Investigations into the jail dietaries of the United Provinces with some observations on the influence of dietary on the physical development and well-being of the people of the United Provinces - Number 48
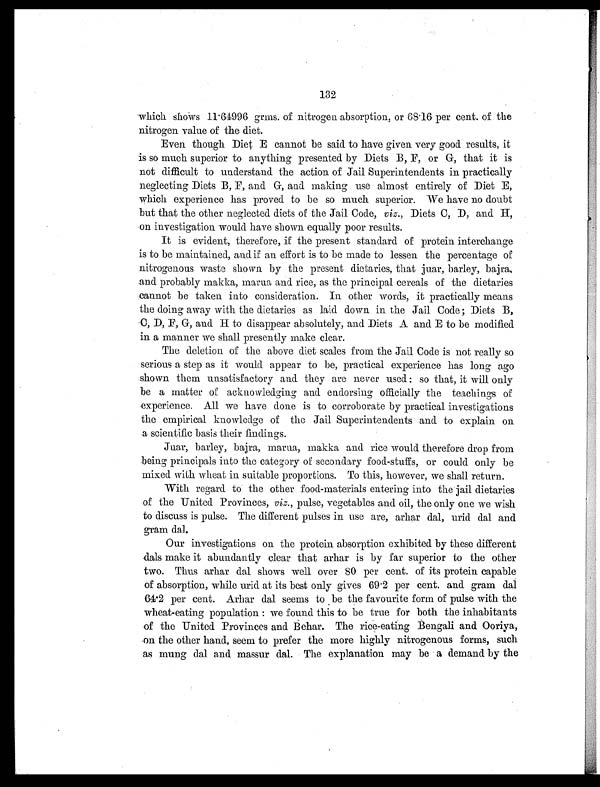
132
which shows 11.64996 grms. of nitrogen absorption, or 68.16 per cent. of the
nitrogen value of the diet.
Even though Diet E cannot be said to have given very good results, it
is so much superior to anything presented by Diets B, F, or G, that it is
not difficult to understand the action of Jail Superintendents in practically
neglecting Diets B, F, and G, and making use almost entirely of Diet E,
which experience has proved to be so much superior. We have no doubt
but that the other neglected diets of the Jail Code, viz., Diets C, D, and H,
on investigation would have shown equally poor results.
It is evident, therefore, if the present standard of protein interchange
is to be maintained, and if an effort is to be made to lessen the percentage of
nitrogenous waste shown by the present dietaries, that juar, barley, bajra,
and probably makka, marua and rice, as the principal cereals of the dietaries
cannot be taken into consideration. In other words, it practically means
the doing away with the dietaries as laid down in the Jail Code; Diets B,
C, D, F, G, and H to disappear absolutely, and Diets A and E to be modified
in a manner we shall presently make clear.
The deletion of the above diet scales from the Jail Code is not really so
serious a step as it would appear to be, practical experience has long ago
shown them unsatisfactory and they are never used: so that, it will only
be a matter of acknowledging and endorsing officially the teachings of
experience. All we have done is to corroborate by practical investigations
the empirical knowledge of the Jail Superintendents and to explain on
a scientific basis their findings.
Juar, barley, bajra, marua, makka and rice would therefore drop from
being principals into the category of secondary food-stuffs, or could only be
mixed with wheat in suitable proportions. To this, however, we shall return.
With regard to the other food-materials entering into the jail dietaries
of the United Provinces, viz., pulse, vegetables and oil, the only one we wish
to discuss is pulse. The different pulses in use are, arhar dal, urid dal and
gram dal.
Our investigations on the protein absorption exhibited by these different
dals make it abundantly clear that arhar is by far superior to the other
two. Thus arhar dal shows well over 80 per cent. of its protein capable
of absorption, while urid at its best only gives 69.2 per cent. and gram dal
64.2 per cent. Arhar dal seems to be the favourite form of pulse with the
wheat-eating population: we found this to be true for both the inhabitants
of the United Provinces and Behar. The rice-eating Bengali and Ooriya,
on the other hand, seem to prefer the more highly nitrogenous forms, such
as mung dal and massur dal. The explanation may be a demand by the